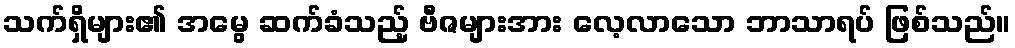
သက်ရှိများ၏ အမွေ ဆက်ခံသည့် ဗီဇများအား လေ့လာသော ဘာသာရပ် ဖြစ်သည်။